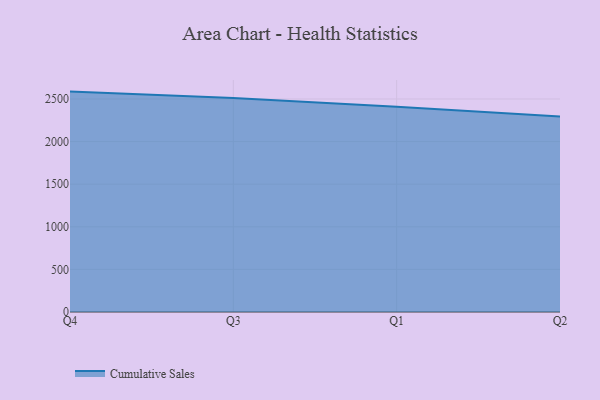
{"axis": {"x": "Quarter", "y": "Active Users"}, "legend": ["Cumulative Sales"], "data": [{"x": "Q4", "y": 2586.5, "type": "Cumulative Sales"}, {"x": "Q3", "y": 2511.6, "type": "Cumulative Sales"}, {"x": "Q1", "y": 2407.9, "type": "Cumulative Sales"}, {"x": "Q2", "y": 2295.7, "type": "Cumulative Sales"}]}